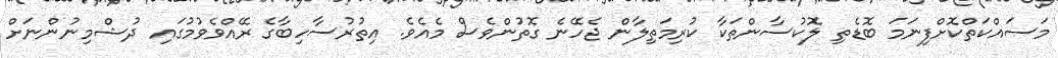
މަސައްކަތްކޮށްފިނަމަ ބޮޑެތި ލޮކުސާންތަކާ ކުރިމަތިލާން ޖެހޭނެ ގޮތުންވެސް މެއެވެ. އިތުރުސާހިބާގެ ރޭއްވެވުމުގައި ދުޝްމިނުންނަށް